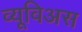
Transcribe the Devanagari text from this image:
व्यूविअस